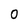
Character: 0